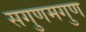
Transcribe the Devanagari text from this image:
सगुणमगुण